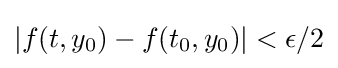
|f(t,y_{0})-f(t_{0},y_{0})|<\epsilon /2